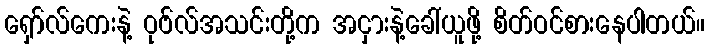
ရှော်လ်ကေးနဲ့ ဝုဗ်လ်အသင်းတို့က အငှားနဲ့ခေါ်ယူဖို့ စိတ်ဝင်စားနေပါတယ်။